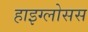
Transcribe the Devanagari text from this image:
हाइग्लोसस